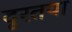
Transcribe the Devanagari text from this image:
दूरतया